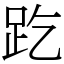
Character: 趷